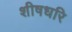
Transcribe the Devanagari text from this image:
शीषधरि